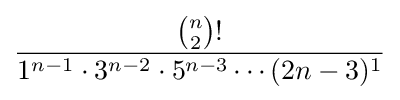
{\frac {{\binom {n}{2}}!}{1^{n-1}\cdot 3^{n-2}\cdot 5^{n-3}\cdots (2n-3)^{1}}}